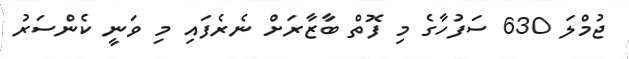
ޖުމްލަ 630 ސަފުހާގެ މި ފޮތް ބާޒާރަށް ނެރެފައި މި ވަނީ ކެންސަރު